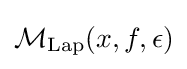
{\mathcal {M}}_{\mathrm {Lap} }(x,f,\epsilon )